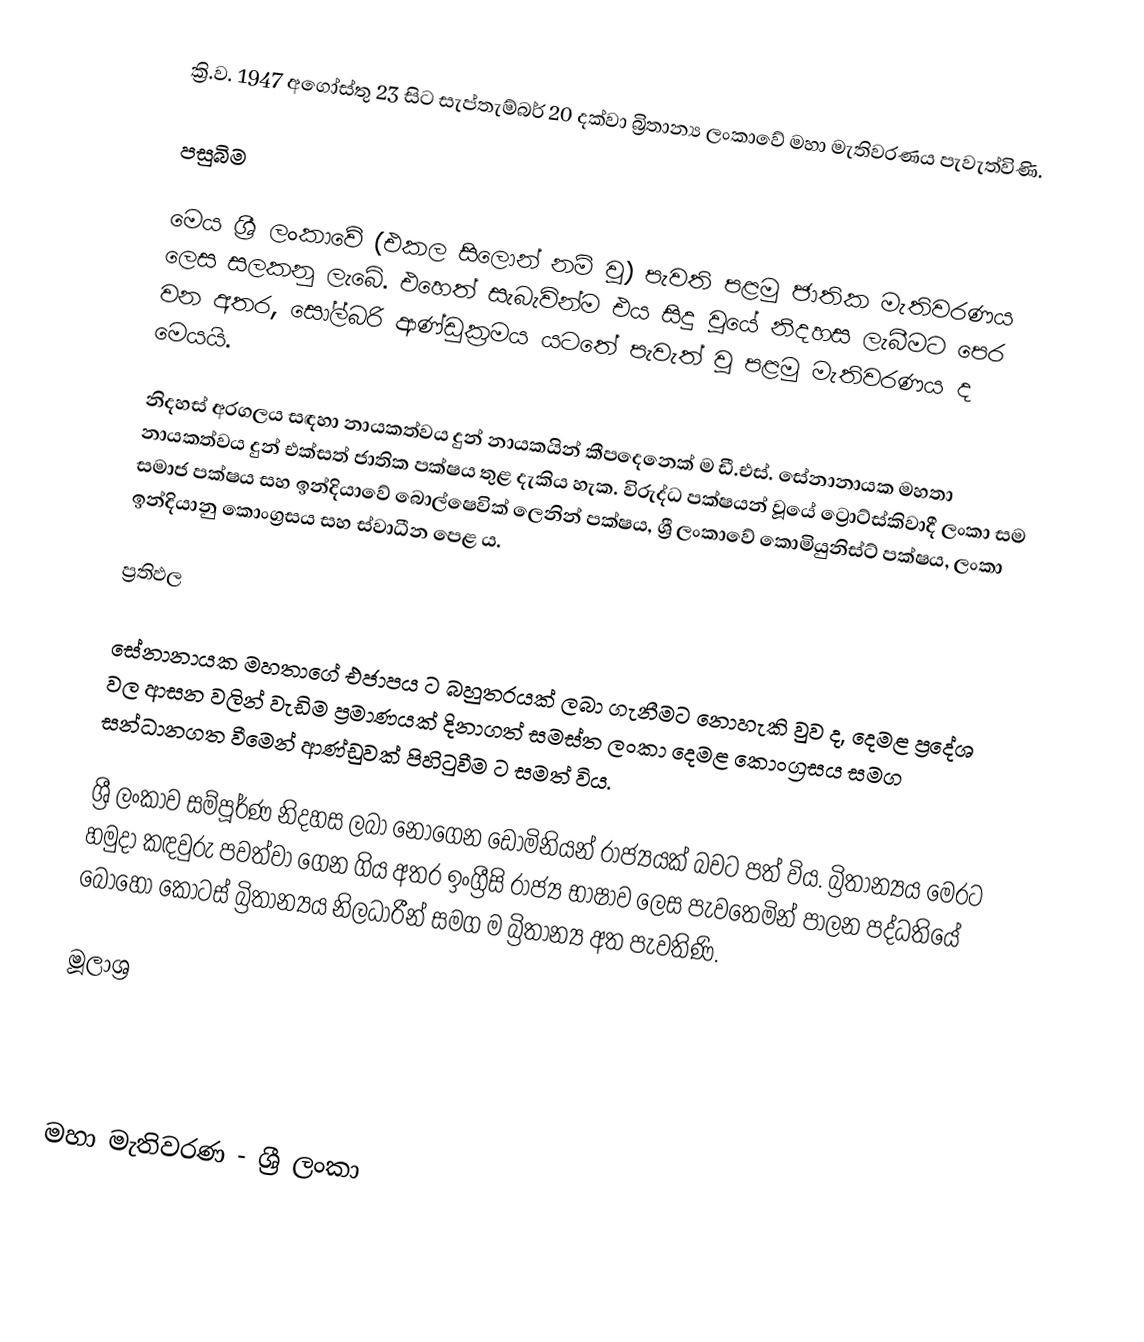
ක්‍රි.ව. 1947 අගෝස්තු 23 සිට සැප්තැම්බර් 20 දක්වා බ්‍රිතාන්‍ය ලංකාවේ මහා මැතිවරණය පැවැත්විණි.

පසුබිම

මෙය ශ්‍රී ලංකාවේ (එකල සිලොන් නම් වූ) පැවති පළමු ජාතික මැතිවරණය ලෙස සලකනු ලැබේ. එහෙත් සැබැවින්ම එය සිදු වූයේ නිදහස ලැබීමට පෙර වන අතර, සෝල්බරි ආණ්ඩුක්‍රමය යටතේ පැවැත් වූ පළමු මැතිවරණය ද මෙයයි.

නිදහස් අරගලය සඳහා නායකත්වය දුන් නායකයින් කීපදෙනෙක් ම ඩී.එස්. සේනානායක මහතා නායකත්වය දුන් එක්සත් ජාතික පක්ෂය තුළ දැකිය හැක. විරුද්ධ පක්ෂයන් වූයේ ට්‍රොට්ස්කිවාදී ලංකා සම සමාජ පක්ෂය සහ ඉන්දියාවේ බොල්ෂෙවික් ලෙනින් පක්ෂය, ශ්‍රී ලංකාවේ කොමියුනිස්ට් පක්ෂය, ලංකා ඉන්දියානු කොංග්‍රසය සහ ස්වාධීන පෙළ ය.

ප්‍රතිඵල

සේනානායක මහතාගේ එජාපය ට බහුතරයක් ලබා ගැනීමට නොහැකි වුව ද, දෙමළ ප්‍රදේශ වල ආසන වලින් වැඩිම ප්‍රමාණයක් දිනාගත් සමස්ත ලංකා දෙමළ කොංග්‍රසය සමග සන්ධානගත වීමෙන් ආණ්ඩුවක් පිහිටුවීම ට සමත් විය.

ශ්‍රී ලංකාව සම්පූර්ණ නිදහස ලබා නොගෙන ඩොමිනියන් රාජ්‍යයක් බවට පත් විය. බ්‍රිතාන්‍යය මෙරට හමුදා කඳවුරු පවත්වා ගෙන ගිය අතර ඉංග්‍රීසි රාජ්‍ය භාෂාව ලෙස පැවතෙමින් පාලන පද්ධතියේ බොහෝ කොටස් බ්‍රිතාන්‍යය නිලධාරීන් සමග ම බ්‍රිතාන්‍ය අත පැවතිණි.

මූලාශ්‍ර

මහා මැතිවරණ - ශ්‍රී ලංකා